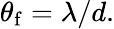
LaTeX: \theta_{\mathrm{f}}=\lambda/d.